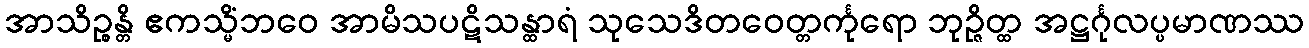
အာသိဉ္စန္တိ ဧကသ္မိံဘဝေ အာမိသပဋိသန္ထာရံ သုသေဒိတဝေတ္တင်္ကုရော ဘုဉ္ဇိတ္ထ အဋ္ဌင်္ဂုလပ္ပမာဏဿ